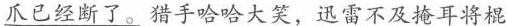
爪已经断了。猎手哈哈大笑，迅雷不及掩耳将棍